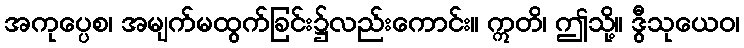
အကုပ္ပေစ၊ အမျက်မထွက်ခြင်း၌လည်းကောင်း။ ဣတိ၊ ဤသို့။ ဒွီသုယေဝ၊